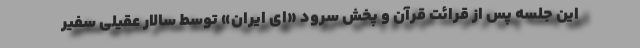
این جلسه پس از قرائت قرآن و پخش سرود «ای ایران» توسط سالار عقیلی سفیر